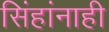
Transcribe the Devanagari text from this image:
सिंहांनाही